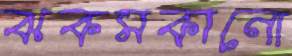
ঝকমকানো